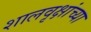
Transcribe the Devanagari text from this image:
शालवृक्षांच्या